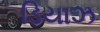
ડિયાઝ